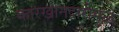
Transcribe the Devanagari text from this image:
कारखानदारीमुळे